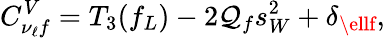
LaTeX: C_{\nu_{\ell}f}^{V}=T_{3}(f_{L})-2\mathcal{Q}_{f}s_{W}^{2}+\delta_{\ellf},